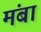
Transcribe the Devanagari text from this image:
मंबा